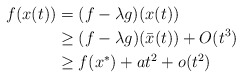
\begin{align*}f(x(t))&=(f-\lambda g)(x(t))\\&\ge (f-\lambda g)(\bar{x}(t))+O(t^3)\\&\ge f(x^*)+at^2+o(t^2)\end{align*}